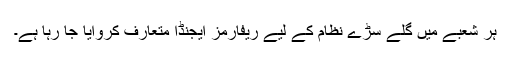
ہر شعبے میں گلے سڑے نظام کے لیے ریفارمز ایجنڈا متعارف کروایا جا رہا ہے۔